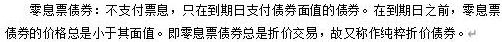
零息债券：不支付票息，只在到期日支付债券面值的债券。在到期日之前，零息票债券的价格总是小于其面值。即零息票债券总是折价交易，故又称作纯粹折价债券。